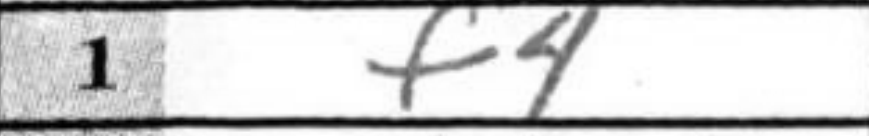
Transcription: f4